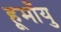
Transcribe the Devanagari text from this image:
हूमाँयु